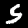
Digit: 5